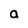
Character: a